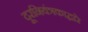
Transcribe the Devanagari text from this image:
दूरनियंत्रकाद्वारे